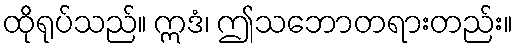
ထိုရုပ်သည်။ ဣဒံ၊ ဤသဘောတရားတည်း။